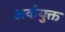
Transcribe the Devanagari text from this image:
अर्कयुक्त